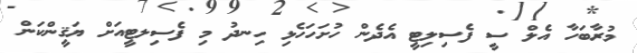
މުރާބަހާ އެލް ސީ ފެސިލިޓީ އެދެން ހުށަހަހެޅި ހިނދު މި ފެސިލޓީއަށް ޔަޤީންކަން